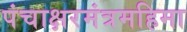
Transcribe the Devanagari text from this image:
पंचाक्षरमंत्रमहिमा